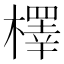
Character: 檡